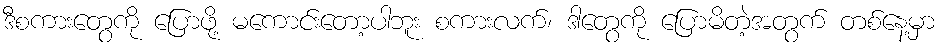
ဒီစကားတွေကို ပြောဖို့ မကောင်းတော့ပါဘူး စကားလက်၊ ဒါတွေကို ပြောမိတဲ့အတွက် တစ်နေ့မှာ